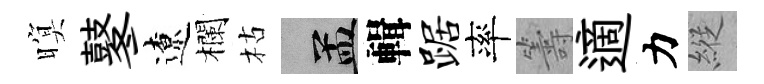
暝鼕遼欄枯汴輯踞率籌適力縱